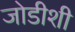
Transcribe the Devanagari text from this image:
जोडीशी